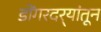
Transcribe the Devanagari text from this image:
डोंगरदर्‍यांतून